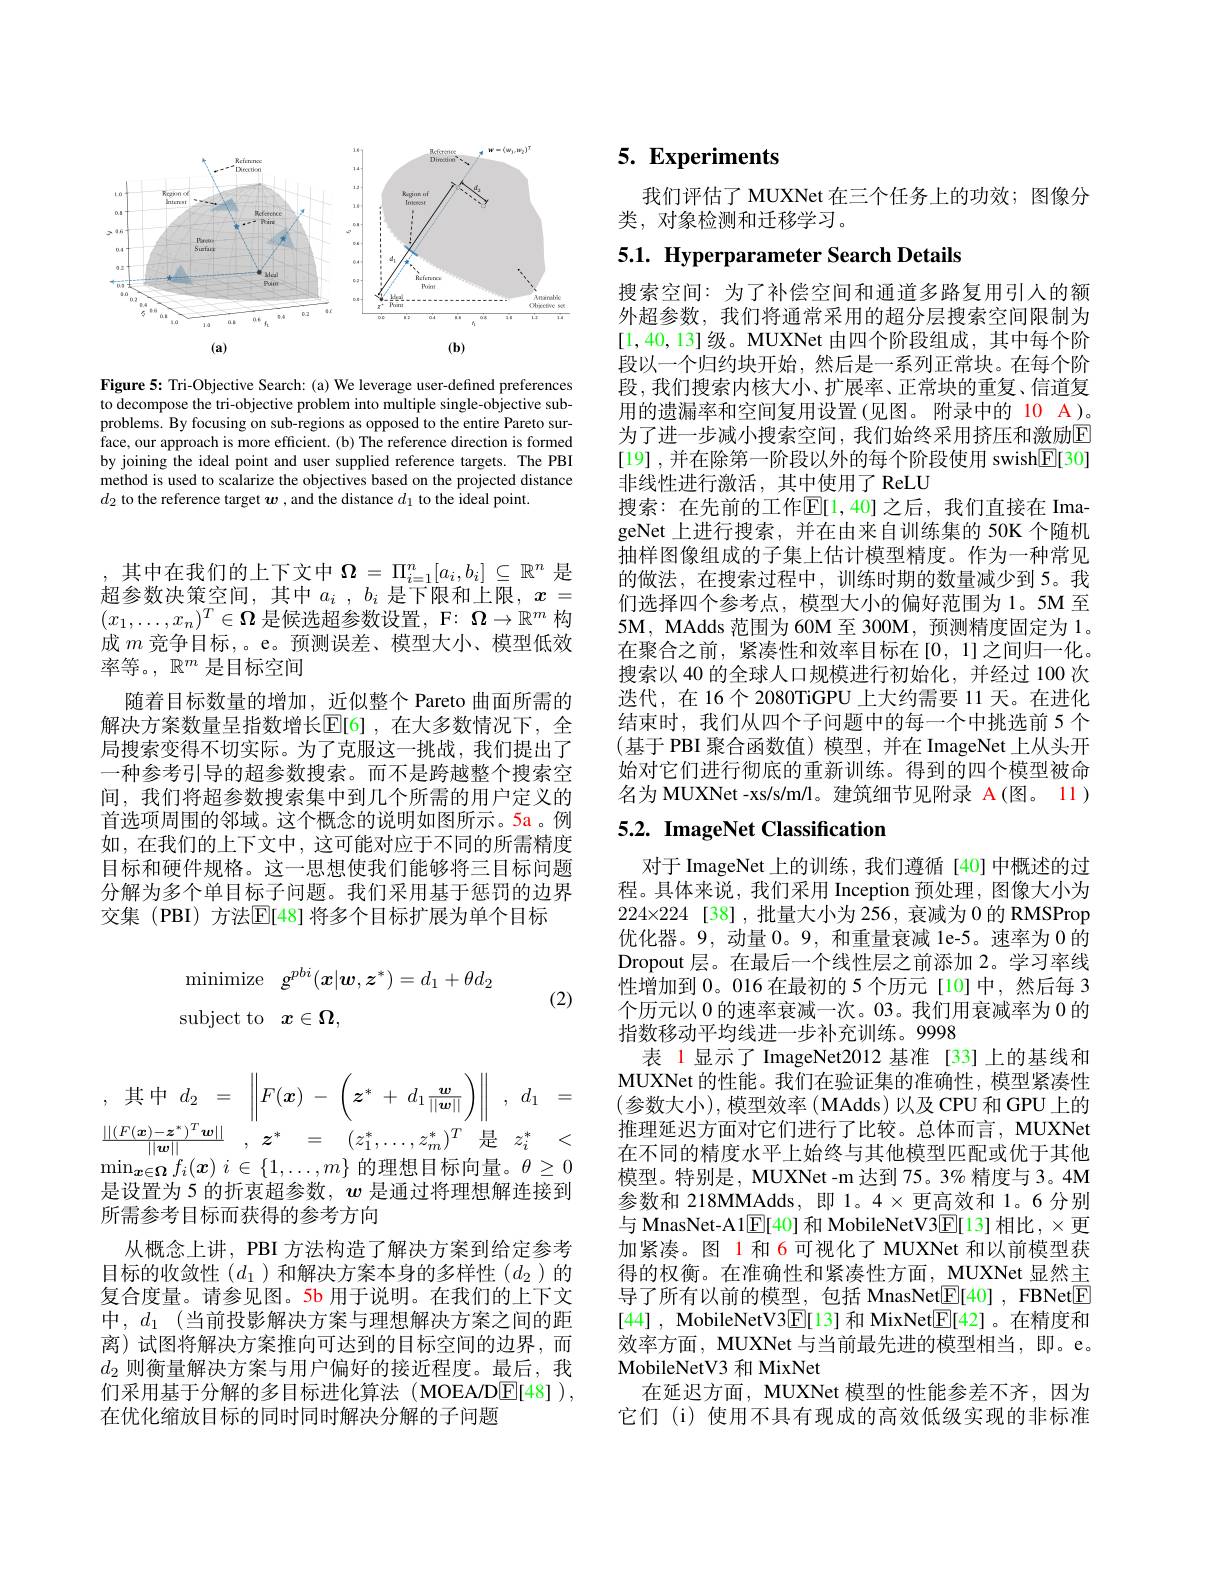
<FigureHere>

Figure 5: Tri-Objective Search: (a) We leverage user-defined preferences to decompose the tri-objective problem into multiple single-objective subproblems. By focusing on sub-regions as opposed to the entire Pareto surface, our approach is more efficient. (b) The reference direction is formed by joining the ideal point and user supplied reference targets. The PBI method is used to scalarize the objectives based on the projected distance $d_2$ to the reference target $\boldsymbol w$ ,and the distance $d_1$ to the ideal point.

,其中$d_2= \begin{Vmatrix} F( \boldsymbol{x}) \:- \:\left ( \boldsymbol{z}^{* }\:+ \:d_{1}\frac {\boldsymbol{w}}{| | \boldsymbol{w}| | }\right ) \end{Vmatrix} $, $d_{1}=$ $\begin{array}{rcl}\frac{||(F(\boldsymbol{x})-\boldsymbol{z}^*)^T\boldsymbol{w}||}{||\boldsymbol{w}||}&,z^*&=&(z_1^*,\ldots,z_m^*)^T&\text{是}&z_i^*&<\end{array}$ $\operatorname* { min} _{\boldsymbol{x}\in \boldsymbol{\Omega }}f_i( \boldsymbol{x})$ $i\in \{ 1, \ldots , m\}$的理想目标向量。$\theta\geq0$

是设置为 5 的折衷超参数，$w$是通过将理想解连接到
所需参考目标而获得的参考方向
从概念上讲，PBI 方法构造了解决方案到给定参考目标的收敛性($d_1$)和解决方案本身的多样性($d_2$)的复合度量。请参见图。5b 用于说明。在我们的上下文中，$d_1$ (当前投影解决方案与理想解决方案之间的距离)试图将解决方案推向可达到的目标空间的边界，而$d_2$则衡量解决方案与用户偏好的接近程度。最后，我们采用基于分解的多目标进化算法(MOEA/D$\underline{\mathrm{E}}[48])$, 在优化缩放目标的同时同时解决分解的子问题

,其中在我们的上下文中$\Omega=\Pi_i=1^n[a_i,b_i]\subseteq\mathbb{R}^n$是超参数决策空间，其中$a_i,b_i$ 是下限和上限，$x=$ $(x_1,\ldots,x_n)^T\in\Omega$是候选超参数设置，F:$\Omega\to\mathbb{R}^m$构成$m$竞争目标，。e。预测误差、模型大小、模型低效率等。, $\mathbb{R} ^m$是目标空间
随着目标数量的增加，近似整个 Pareto 曲面所需的解决方案数量呈指数增长$\mathbb{E}[6]$,在大多数情况下，全局搜索变得不切实际。为了克服这一挑战，我们提出了一种参考引导的超参数搜索。而不是跨越整个搜索空间，我们将超参数搜索集中到几个所需的用户定义的首选项周围的邻域。这个概念的说明如图所示。5a。例如，在我们的上下文中，这可能对应于不同的所需精度目标和硬件规格。这一思想使我们能够将三目标问题分解为多个单目标子问题。我们采用基于惩罚的边界交集(PBI)方法$\mathbb{E}$[48]将多个目标扩展为单个目标
$$\begin{aligned}&\mathrm{minimize}\quad g^{pbi}(\boldsymbol{x}|\boldsymbol{w},\boldsymbol{z}^{*})=d_{1}+\theta d_{2}\\&\mathrm{subject~to}\quad x\in\Omega,\end{aligned}$$
(2)

# $5. \textbf{ Experiments}$

我们评估了 MUXNet 在三个任务上的功效；图像分
类，对象检测和迁移学习。

5.1. Hyperparameter Search Details

搜索空间：为了补偿空间和通道多路复用引人的额外超参数，我们将通常采用的超分层搜索空间限制为[1,40,13]级。MUXNet 由四个阶段组成，其中每个阶段以一个归约块开始，然后是一系列正常块。在每个阶段，我们搜索内核大小、扩展率、正常块的重复、信道复用的遗漏率和空间复用设置(见图。附录中的 10 A)。为了进一步减小搜索空间，我们始终采用挤压和激励$\overline{\mathrm{E}}$ [19] , 并在除第一阶段以外的每个阶段使用 swish$\underline{\mathbb{E}}[30]$ 非线性进行激活，其中使用了 ReLU
搜索：在先前的工作$\mathbb{E}[1,40]$ 之后，我们直接在 ImageNet 上进行搜索，并在由来自训练集的 50K 个随机抽样图像组成的子集上估计模型精度。作为一种常见的做法，在搜索过程中，训练时期的数量减少到 5。我们选择四个参考点，模型大小的偏好范围为1。5M 至5M, MAdds 范围为 60M 至 300M, 预测精度固定为 1。在聚合之前，紧凑性和效率目标在[0,1]之间归一化。搜索以 40 的全球人口规模进行初始化，并经过 100 次迭代，在 16 个 2080TiGPU 上大约需要 11 天。在进化结束时，我们从四个子问题中的每一个中挑选前 5 个(基于 PBI 聚合函数值) 模型，并在 ImageNet 上从头开始对它们进行彻底的重新训练。得到的四个模型被命名为 MUXNet -xs/s/m/l。建筑细节见附录 A(图。11)

# $5. 2. \textbf{ ImageNet Classification}$

对于 ImageNet 上的训练，我们遵循[40]中概述的过程。具体来说，我们采用 Inception 预处理，图像大小为$224\times224$ [38],批量大小为 256, 衰减为 0 的 RMSProp 优化器。9,动量0。9, 和重量衰减 1e-5。速率为 0 的Dropout 层。在最后一个线性层之前添加 2。学习率线性增加到0。016 在最初的 5 个历元[10]中，然后每 3个历元以0的速率衰减一次。03。我们用衰减率为 0 的指数移动平均线进一步补充训练。9998
表 1显示了 ImageNet2012 基准 [33]上的基线和MUXNet 的性能。我们在验证集的准确性，模型紧凑性(参数大小),模型效率(MAdds)以及CPU和GPU上的推理延迟方面对它们进行了比较。总体而言，MUXNet 在不同的精度水平上始终与其他模型匹配或优于其他模型。特别是，MUXNet-m 达到 75。3% 精度与 3。4M 参数和 218MMAdds, 即 1。4×更高效和 1。6 分别与 MnasNet-A1$\boxed{\mathrm{F}}[40]$ 和 MobileNetV3$\boxed{\mathrm{F}}[13]$ 相比，$\times$更加紧凑。图 1 和 6 可视化了 MUXNet 和以前模型获得的权衡。在准确性和紧凑性方面，MUXNet 显然主导了所有以前的模型，包括 MnasNet[E[40] , FBNet[E] [44] , MobileNetV3$\underline{\mathbb{E}}[13]$和 MixNet$\underline{\mathbb{E}}[42]$。在精度和效率方面，MUXNet 与当前最先进的模型相当，即。e。MobileNetV3 和 MixNet
在延迟方面，MUXNet 模型的性能参差不齐，因为它们 (i) 使用不具有现成的高效低级实现的非标准